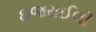
ઇજરાઈલી